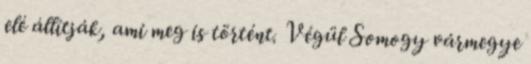
elé állítják, ami meg is történt. Végül Somogy vármegye